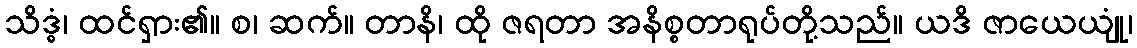
သိဒ္ဓံ၊ ထင်ရှား၏။ စ၊ ဆက်။ တာနိ၊ ထို ဇရတာ အနိစ္စတာရုပ်တို့သည်။ ယဒိ ဇာယေယျုံ၊